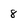
Character: 8